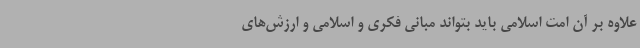
علاوه بر آن امت اسلامی باید بتواند مبانی فکری و اسلامی و ارزش‌های